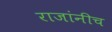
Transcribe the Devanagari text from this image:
राजांनीच